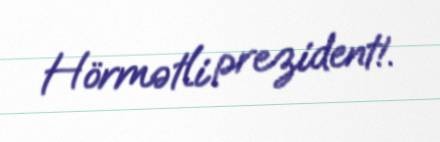
Hörmətli prezident!.